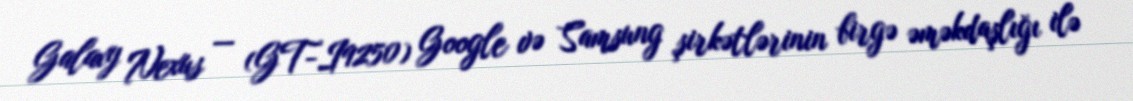
Galaxy Nexus — (GT-I9250) Google və Samsung şirkətlərinin birgə əməkdaşlığı ilə